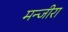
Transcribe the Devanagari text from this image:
मन्जीरा